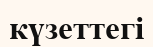
күзеттегі